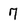
Character: 7